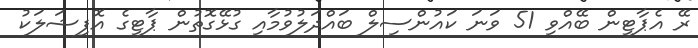
ރޭ އެޕާޓީން ބޭއްވި 51 ވަނަ ކައުންސިލް ބައްދަލުވުމާއި ގުޅޭގޮތުން ޕާޓީގެ އޮފިޝަލަކު